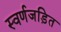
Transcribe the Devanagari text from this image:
स्‍वर्णजड़ित